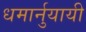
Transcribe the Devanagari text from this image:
धमार्नुयायी